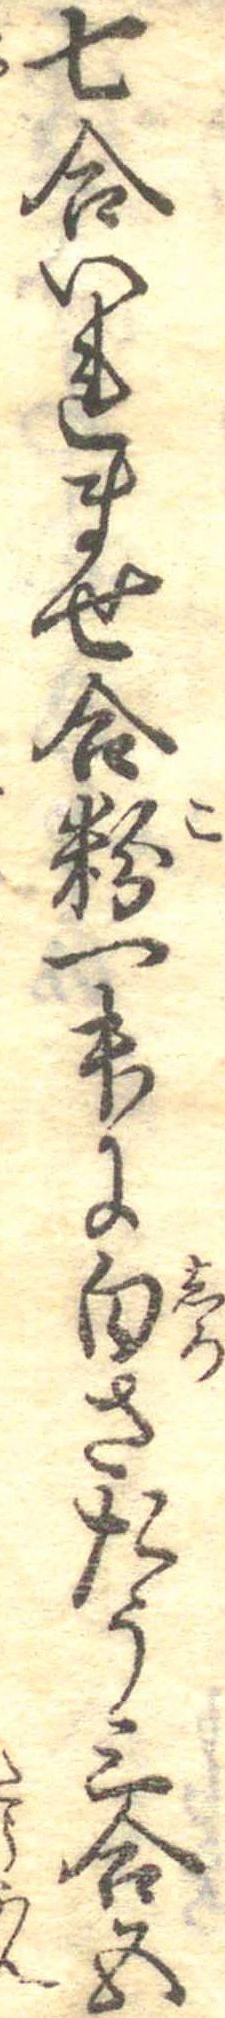
七合いれませ合粉一升に白さたう三合五